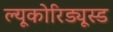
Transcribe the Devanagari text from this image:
ल्यूकोरिड्यूस्ड